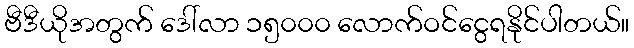
ဗီဒီယိုအတွက် ဒေါ်လာ ၁၅၀၀၀ လောက်ဝင်ငွေရနိုင်ပါတယ်။